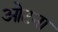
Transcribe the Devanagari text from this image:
ओटना